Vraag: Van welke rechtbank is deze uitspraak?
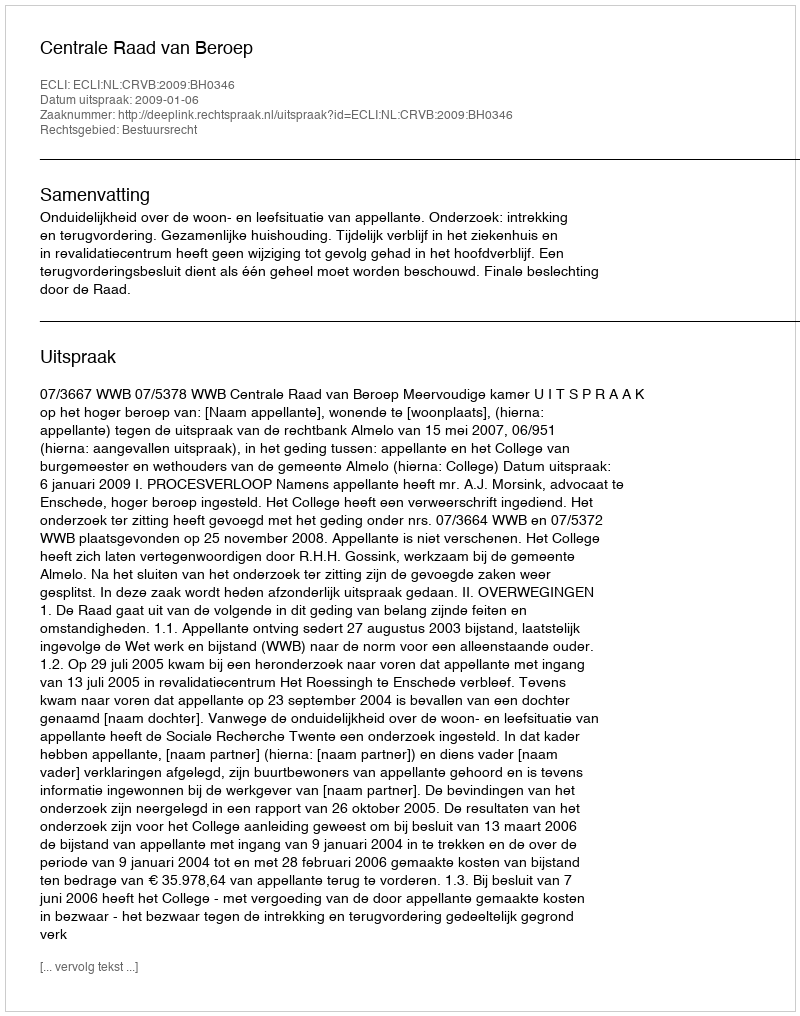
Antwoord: Centrale Raad van Beroep